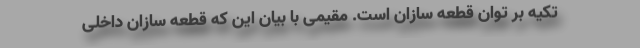
تکیه بر توان قطعه سازان است. مقیمی با بیان این که قطعه سازان داخلی